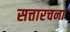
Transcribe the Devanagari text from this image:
सत्तारचना